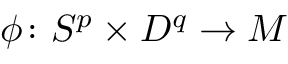
\phi \colon S ^ { p } \times D ^ { q } \to M